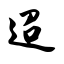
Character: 迢